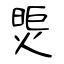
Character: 煚